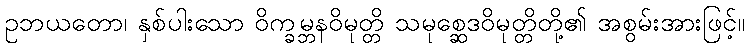
ဥဘယတော၊ နှစ်ပါးသော ဝိက္ခမ္ဘနဝိမုတ္တိ သမုစ္ဆေဒဝိမုတ္တိတို့၏ အစွမ်းအားဖြင့်။